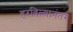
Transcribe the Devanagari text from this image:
हरविल्यानंतर